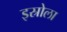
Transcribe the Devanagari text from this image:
इस्रोला